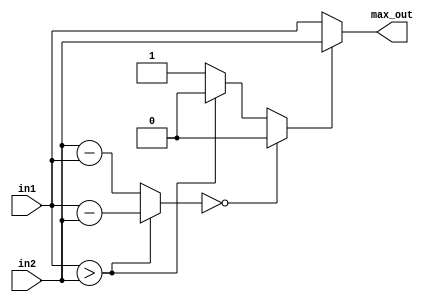
module maxpool (
  input [7:0] in1,
  input [7:0] in2,
  output reg [7:0] max_out
);

  reg [7:0] diff;
  reg select;

  // Calculate the absolute difference between in1 and in2
  always @(*)
  begin
    if (in1 > in2)
      diff = in1 - in2;
    else
      diff = in2 - in1;
  end

  // Determine the selector based on the subtractor output
  always @(*)
  begin
    if (diff == 0)
      select = 0; // Both inputs are equal
    else if (in1 > in2)
      select = 0; // in1 is the maximum
    else
      select = 1; // in2 is the maximum
  end

  // Multiplexer to select the maximum input
  always @(*)
  begin
    if (select == 0)
      max_out = in1; // in1 is the maximum
    else
      max_out = in2; // in2 is the maximum
  end

endmodule